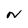
Character: N